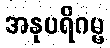
အနုပရိဂမ္မ